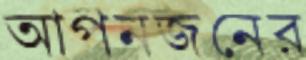
আপনজনের